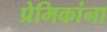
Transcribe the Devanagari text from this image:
प्रेमिकांना